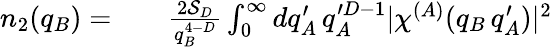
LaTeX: \begin{array}{rlr}{n_{2}(q_{B})=}&{{}}&{\frac{2\mathcal{S}_{D}}{q_{B}^{4-D}}\int_{0}^{\infty}dq_{A}^{\prime}\, q_{A}^{\prime D-1}|\chi^{(A)}(q_{B}\, q_{A}^{\prime})|^{2}}\end{array}